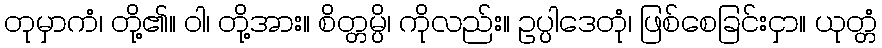
တုမှာကံ၊ တို့၏။ ဝါ၊ တို့အား။ စိတ္တမ္ပိ၊ ကိုလည်း။ ဥပ္ပါဒေတုံ၊ ဖြစ်စေခြင်းငှာ။ ယုတ္တံ